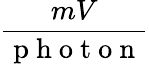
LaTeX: \frac{mV}{\mathrm{~p~h~o~t~o~n~}}